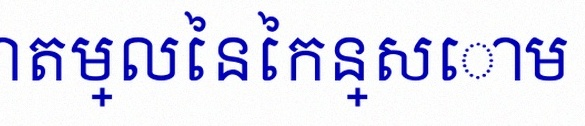
គណនាតម្លៃនៃកន្សោម